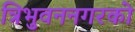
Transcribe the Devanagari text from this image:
त्रिभुवननगरको